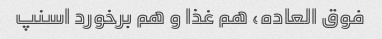
فوق العاده، هم غذا و هم برخورد اسنپ